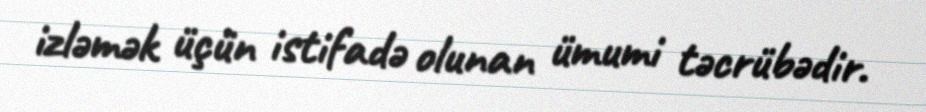
izləmək üçün istifadə olunan ümumi təcrübədir.